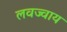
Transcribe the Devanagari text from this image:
लवज्वाय